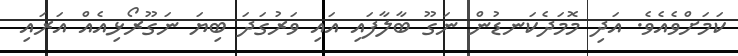
ކަމަށްވެއެވެ. އަދި މޮމަދެކަނޑުން ނަގޫ ބާލާފައި އައި ވަރުގަދަ ބިޔަ ނަގޫރޯޅިއެއް އަރައި